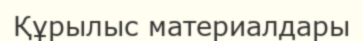
Құрылыс материалдары